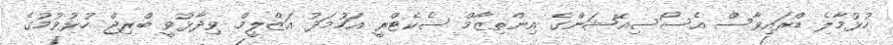
ހުޅުމާލެ ޑްރައިވާސް އެސޯސިއޭޝަންގެ އިންތިޒާމް ސެކެޓްރީ އަހުމަދު އަޒްލީމް ވިދާޅުވީ ބްރިޖް ހުޅުވުމުގެ